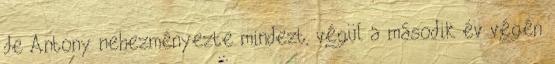
de Antony nehezményezte mindezt, végül a második év végén